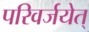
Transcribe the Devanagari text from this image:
परिवर्जयेत्